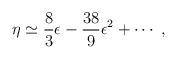
LaTeX: \begin{align*}\eta\simeq\frac{8}{3}\epsilon-\frac{38}{9}\epsilon^2+\cdots\;,\end{align*}